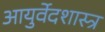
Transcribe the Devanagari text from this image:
आयुर्वेदशास्त्र